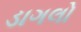
ડાગલો